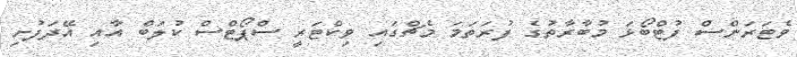
ވެޓަރަންސް ފުޓްބޯޅަ މުބާރާތުގެ ފުރަތަމަ މެޗްގައި ވިކްޓަރީ ސްޕޯޓްސް ކުލަބް އާއި އޭދަފުށި